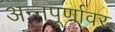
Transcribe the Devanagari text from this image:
अन्नपूर्णावर